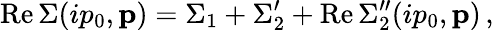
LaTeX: \mathrm{Re\, }\Sigma(ip_{0},{\mathbf p})=\Sigma_{1}+\Sigma_{2}^{\prime}+\mathrm{Re\, }\Sigma_{2}^{\prime\prime}(ip_{0},{\mathbf p})\, ,